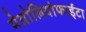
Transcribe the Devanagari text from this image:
मेग्नोलियोफाईटा